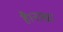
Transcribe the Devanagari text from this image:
है।नासा